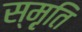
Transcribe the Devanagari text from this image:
स्मृ़ति